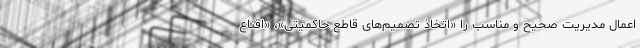
اِعمال مدیریت صحیح و مناسب را «اتخاذ تصمیم‌های قاطع حاکمیتی»، «اقناع